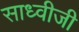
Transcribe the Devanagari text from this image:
साध्वीजी